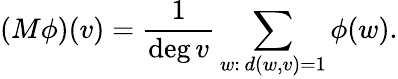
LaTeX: (M\phi)(v)={\frac{1}{\deg v}}\sum_{w:\, d(w,v)=1}\phi(w).